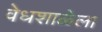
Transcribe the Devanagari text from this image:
वेधशाळेला